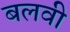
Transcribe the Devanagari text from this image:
बलवी